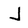
Character: J